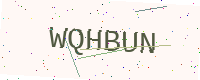
Text: WQHBUN